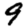
Digit: 9